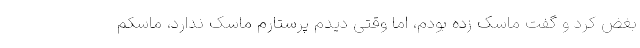
بغض کرد و گفت ماسک زده بودم، اما وقتی دیدم پرستارم ماسک ندارد، ماسکم